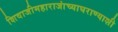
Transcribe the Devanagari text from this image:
शिवाजीमहाराजांच्याघराण्याशी